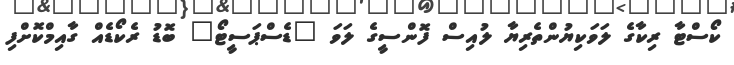
ކޯސްޓާ ރިކާގެ ލަވަކިޔުންތެރިޔާ ލުއިސް ފޮންސީގެ ލަވަ "ޑެސްޕަސީޓޯ" ބޮޑު ރެކޯޑެއް ގާއިމްކޮށްފި